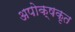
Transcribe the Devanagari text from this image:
अपोक्षकृत